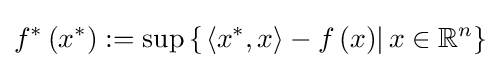
f^{*}\left(x^{*}\right):=\sup \left\{\left.\left\langle x^{*},x\right\rangle -f\left(x\right)\right|x\in \mathbb {R} ^{n}\right\}